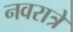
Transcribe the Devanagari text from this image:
नवरात्रे